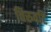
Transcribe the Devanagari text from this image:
तिरुवटि